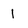
Character: 1